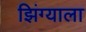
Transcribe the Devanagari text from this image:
झिंग्याला